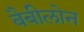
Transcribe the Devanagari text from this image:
बैबीलोन